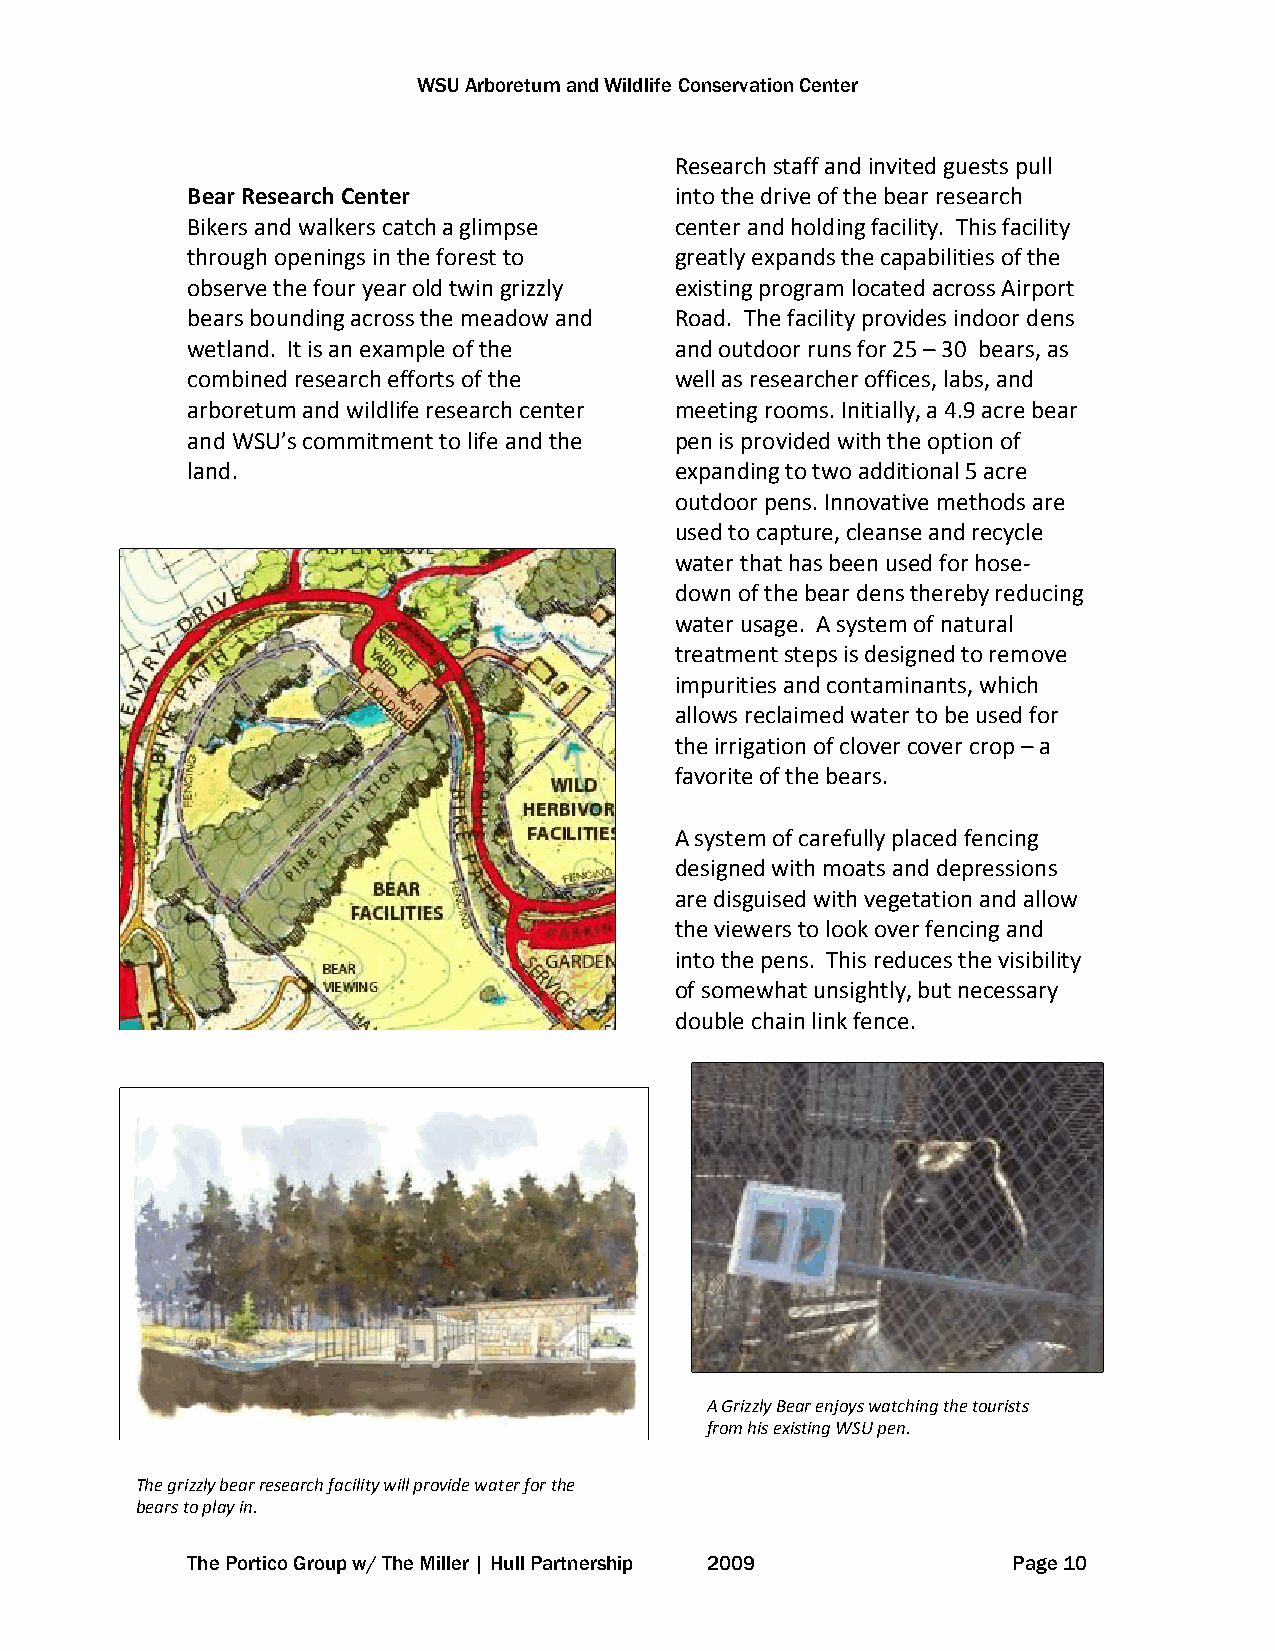
WSU Arboretum and Wildlife Conservation Center
 Research staff and invited guests pull
 Bear Research Center             into the drive of the bear research
 Bikers and walkers catch a glimpse center and holding facility. This facility
 through openings in the forest to greatly expands the capabilities of the
 observe the four year old twin grizzly existing program located across Airport
 bears bounding across the meadow and Road. The facility provides indoor dens
 wetland. It is an example of the and outdoor runs for 25 – 30 bears, as
 combined research efforts of the well as researcher offices, labs, and
 arboretum and wildlife research center meeting rooms. Initially, a 4.9 acre bear
 and WSU’s commitment to life and the pen is provided with the option of
 land.                            expanding to two additional 5 acre
 outdoor pens. Innovative methods are
 used to capture, cleanse and recycle
 water that has been used for hose-
 down of the bear dens thereby reducing
 water usage. A system of natural
 treatment steps is designed to remove
 impurities and contaminants, which
 allows reclaimed water to be used for
 the irrigation of clover cover crop – a
 favorite of the bears.
 A system of carefully placed fencing
 designed with moats and depressions
 are disguised with vegetation and allow
 the viewers to look over fencing and
 into the pens. This reduces the visibility
 of somewhat unsightly, but necessary
 double chain link fence.
 A Grizzly Bear enjoys watching the tourists
 from his existing WSU pen.
 The grizzly bear research facility will provide water for the
 bears to play in.
 The Portico Group w/ The Miller | Hull Partnership 2009 Page 10